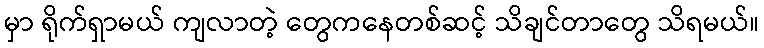
မှာ ရိုက်ရှာမယ် ကျလာတဲ့ တွေကနေတစ်ဆင့် သိချင်တာတွေ သိရမယ်။